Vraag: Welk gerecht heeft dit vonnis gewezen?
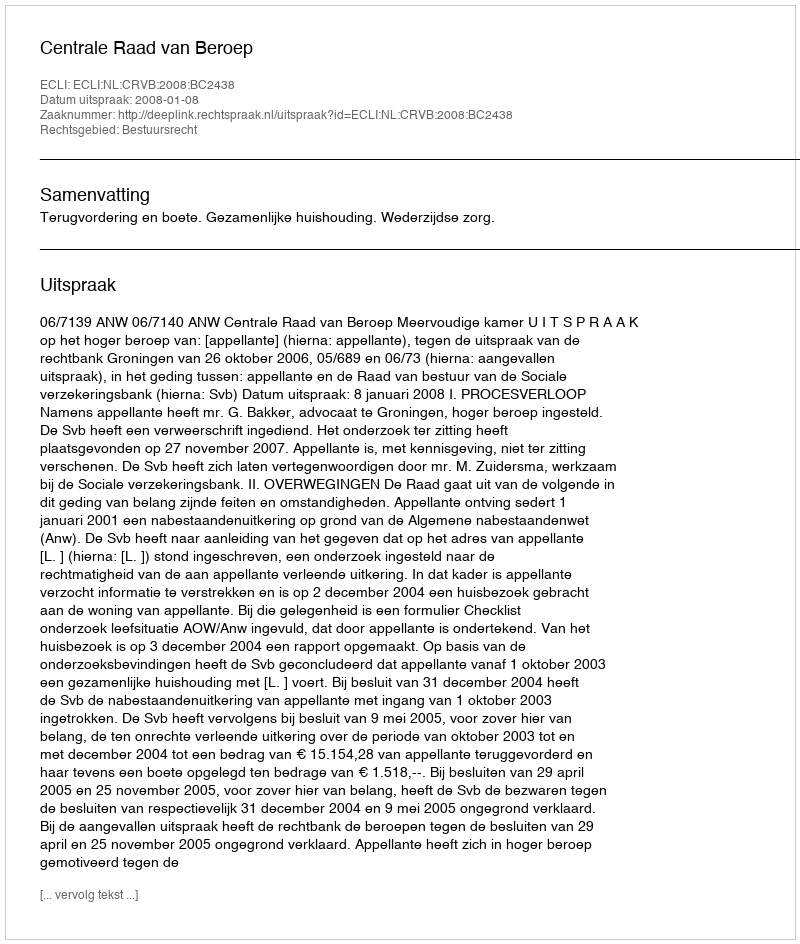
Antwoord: Centrale Raad van Beroep